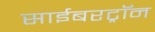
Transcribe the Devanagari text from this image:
साईबरट्राॅन